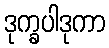
ဒုက္ခပါဒုကာ